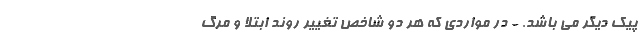
پیک دیگر می باشد. - در مواردی که هر دو شاخص تغییر روند ابتلا و مرگ